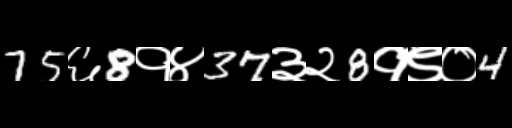
Text: 75६8१४37३२8१९०4